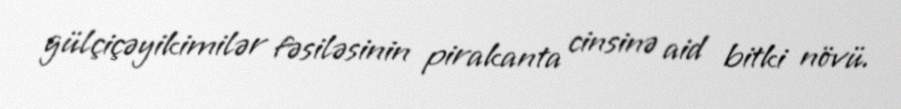
gülçiçəyikimilər fəsiləsinin pirakanta cinsinə aid bitki növü.